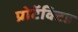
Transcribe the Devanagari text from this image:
प्रोटॅक्टिड